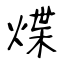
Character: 煠